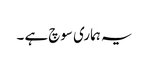
یہ ہماری سوچ ہے ۔